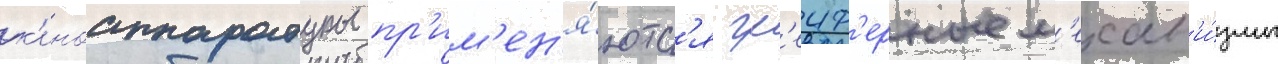
к'иноаппаратуры пр'им'ен'я́ютс'я гр'еиф'ерные м'ехан'и́змы